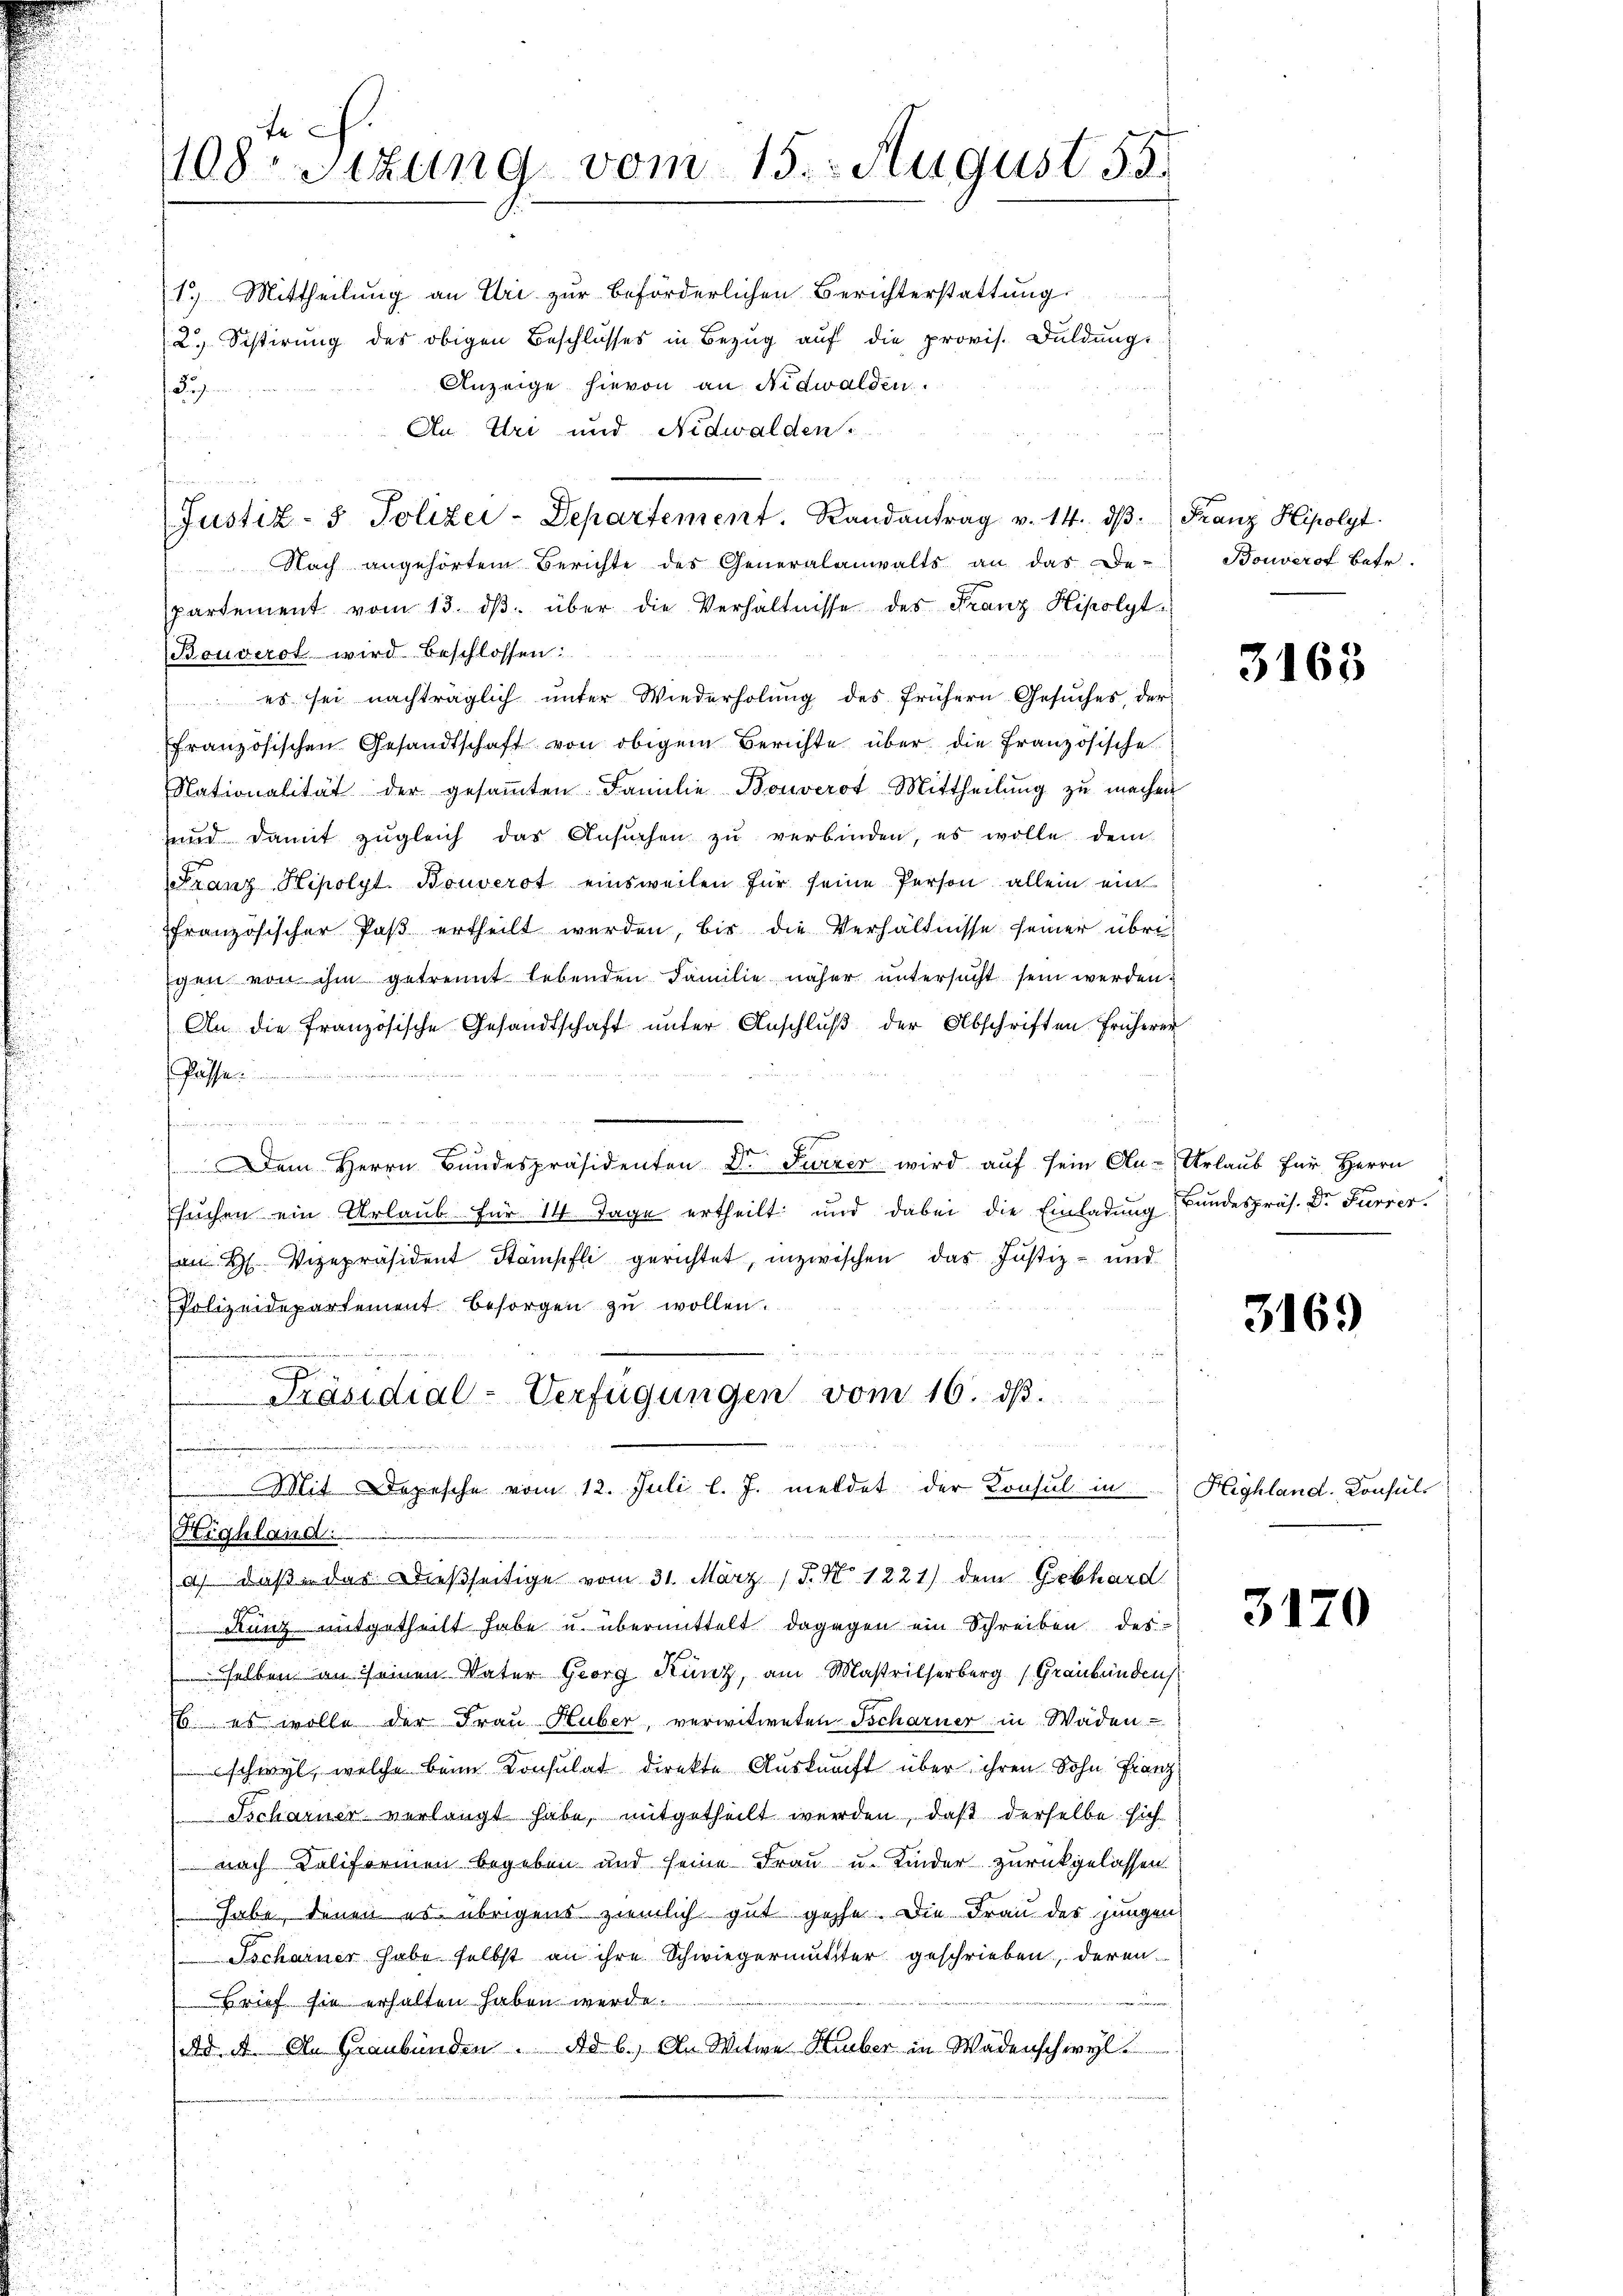
1.) Mittheilung an Uri zur beförderlichen Berichterstattung
2. Sistirung des obigen Beschlusses in Bezug auf die provis. Duldung.
Anzeige hievon an Nidwalden.
2
An Uri und Nidwalden.
Justiz- & Polizei-Departement. Randantrag v. 14. dβ. Franz Hipolyt
Nach angehörtem Berichte des Generalanwalts an das De-
partement vom 13. dβ. über die Verhältnisse des Franz Hipolyt
Bouverot wird beschlossen:
es sei nachträglich unter Wiederholung des frühern Gesuches der
ffranzösischen Gesandtschaft von obigem Berichte über die französische
Nationalität der gesaṁten Familie Bouverst Mittheilung zu machen
und damit zŭgleich das Ansŭchen zŭ verbinden, es wolle dem
Franz Hipolyt. Bouverst einsweilen für seine Person allein ein
ffranzösischer Paβ ertheilt werden, bis die Verhältnisse seiner übri
gen von ihm getrennt lebenden Familie näher ŭntersŭcht sein werden.
An die französische Gesandtschaft ŭnter Anschlŭβ der Abschriften früherer
Stell
flassen
Jauch einigerung werden, um in deren und
Dem Herrn Bundespräsidenten Dr Furrer wird auf sein An- Urlaub für Herrn
suchen ein Urlaub für 14 Tage ertheilt und dabei die Einladung (Bundespräs. Dr. Furrer.
m H. Vizepräsident Stämpfli gerichtet, inzwischen das Justiz- und
Polizeidepartement besorgen zŭ wollen.
Präsidial-Verfügungen vom 16. dβ

Mit Depesche vom 12. Juli l. J. meldet der Konsul in
u
Arten
u
e
Highland.
a) daß das dießseitige vom 31. März 1. No 1221) dem Gebhard
Kunz mitgetheilt habe u. übermittelt dagegen ein Schreiben des-
 selben an seinen Vater Georg Kunz, am Mastrisserberg (Graubünden
6. es wolle der Frau Huber, verwitweten Tscharner in Wäden-
schwyl, welche beim Konsulat direkte Auskunft über ihren Sohn Franz
Tscharner verlangt habe, mitgetheilt werden, daß derselbe sich
nach Kaliformen begeben und seine Frau u. Kinder zurückgelassen.
habe, denen es übrigens ziemlich gut gehe. Die Frau des jungen
Tscharner habe selbst an ihre Schwiegermutter geschrieben, deren
Brief sie erhalten haben werde.
Ad. A. An Graubünden. Ad b.) An Witwe Huber in Wädenschwyl

108. Sitzung vom 15. August 55.

u

Bouverof Betr.

3168

3169

Highland. Konsul

3170